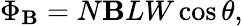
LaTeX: \Phi_{\mathbf{B}}=N\mathbf{B}LW\cos{\theta},